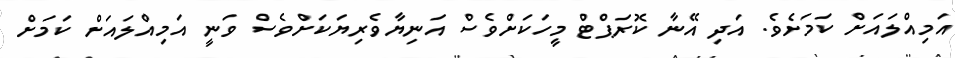
އަމިއްލައަށް ކަމަށެވެ. އަދި އޭނާ ކޮރަޕްޓް މީހަކަށްވެސް އަނިޔާވެރިޔަކަށްވެސް ވަނީ އަމިއްލައަށް ކަމަށް